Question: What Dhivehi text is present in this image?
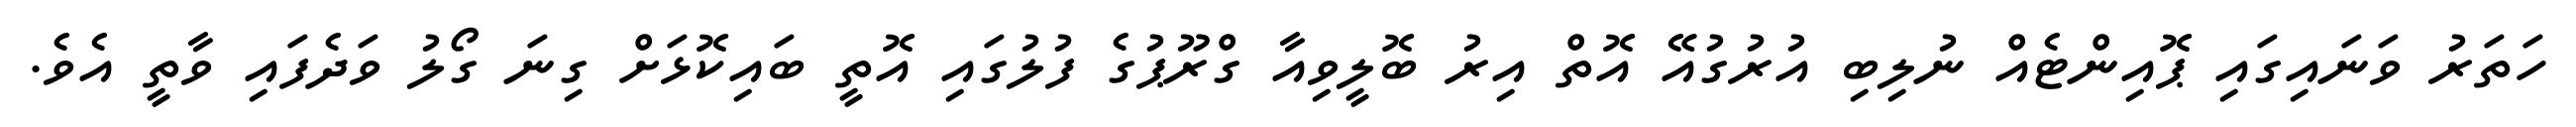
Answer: ހަތަރު ވަނައިގައި ޕޮއިންޓެއް ނުލިބި އުރުގުއޭ އޮތް އިރު ބޮލީވިއާ ގްރޫޕުގެ ފުލުގައި އޮތީ ބައިކޮޅަށް ގިނަ ގޯލު ވަދެފައި ވާތީ އެވެ.